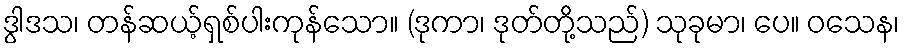
ဒွါဒသ၊ တန်ဆယ့်ရှစ်ပါးကုန်သော။ (ဒုကာ၊ ဒုတ်တို့သည်) သုခုမာ၊ ပေ။ ဝသေန၊